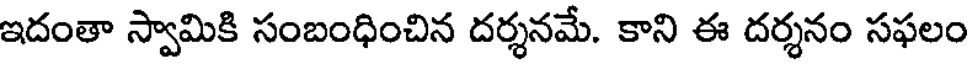
ఇదంతా స్వామికి సంబంధించిన దర్శనమే. కాని ఈ దర్శనం సఫలం